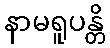
နာမရူပန္တိ